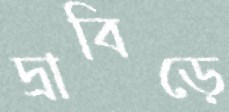
দ্রাবিড়ে